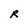
Character: R